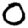
Digit: 0